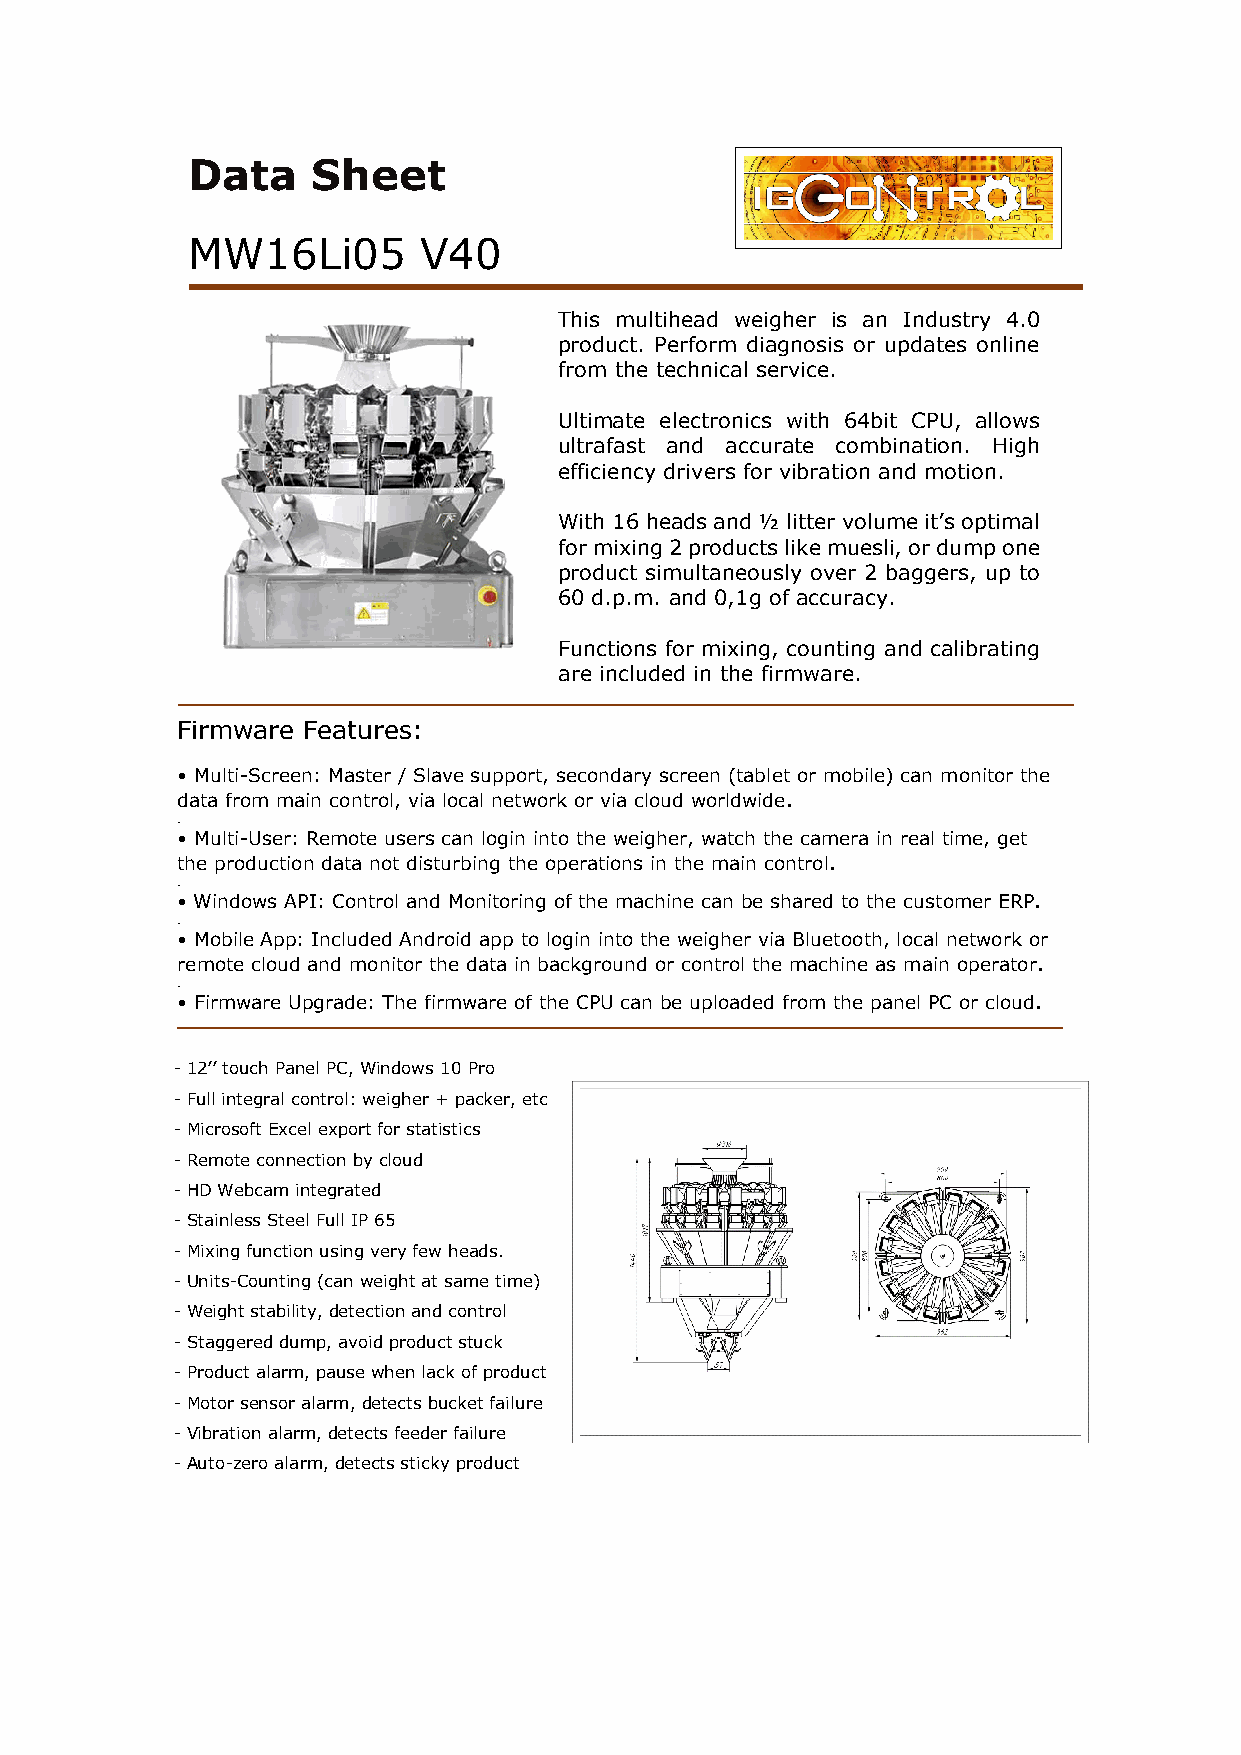
Data     Sheet
 MW16Li05        V40
 This multihead weigher is an Industry 4.0
 product. Perform diagnosis or updates online
 from the technical service.
 Ultimate electronics with 64bit CPU, allows
 ultrafast and accurate combination. High
 efficiency drivers for vibration and motion.
 With 16 heads and ½ litter volume it’s optimal
 for mixing 2 products like muesli, or dump one
 product simultaneously over 2 baggers, up to
 60 d.p.m. and 0,1g of accuracy.
 Functions for mixing, counting and calibrating
 are included in the firmware.
 Firmware Features:
 • Multi-Screen: Master / Slave support, secondary screen (tablet or mobile) can monitor the
 data from main control, via local network or via cloud worldwide.
 .
 • Multi-User: Remote users can login into the weigher, watch the camera in real time, get
 the production data not disturbing the operations in the main control.
 .
 • Windows API: Control and Monitoring of the machine can be shared to the customer ERP.
 .
 • Mobile App: Included Android app to login into the weigher via Bluetooth, local network or
 remote cloud and monitor the data in background or control the machine as main operator.
 .
 • Firmware Upgrade: The firmware of the CPU can be uploaded from the panel PC or cloud.
 - 12’’ touch Panel PC, Windows 10 Pro
 - Full integral control: weigher + packer, etc
 - Microsoft Excel export for statistics
 - Remote connection by cloud
 - HD Webcam integrated
 - Stainless Steel Full IP 65
 - Mixing function using very few heads.
 - Units-Counting (can weight at same time)
 - Weight stability, detection and control
 - Staggered dump, avoid product stuck
 - Product alarm, pause when lack of product
 - Motor sensor alarm, detects bucket failure
 - Vibration alarm, detects feeder failure
 - Auto-zero alarm, detects sticky product